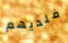
فلديهم